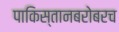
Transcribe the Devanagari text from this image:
पाकिस्तानबरोबरच